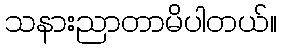
သနားညာတာမိပါတယ်။